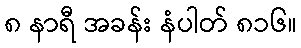
၈ နာရီ အခန်း နံပါတ် ၈၁၆။